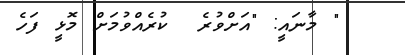
" މާނައީ: "އަށްވުރެ  ކުރެއްވުމަށް މޮޅީ ފަހެ